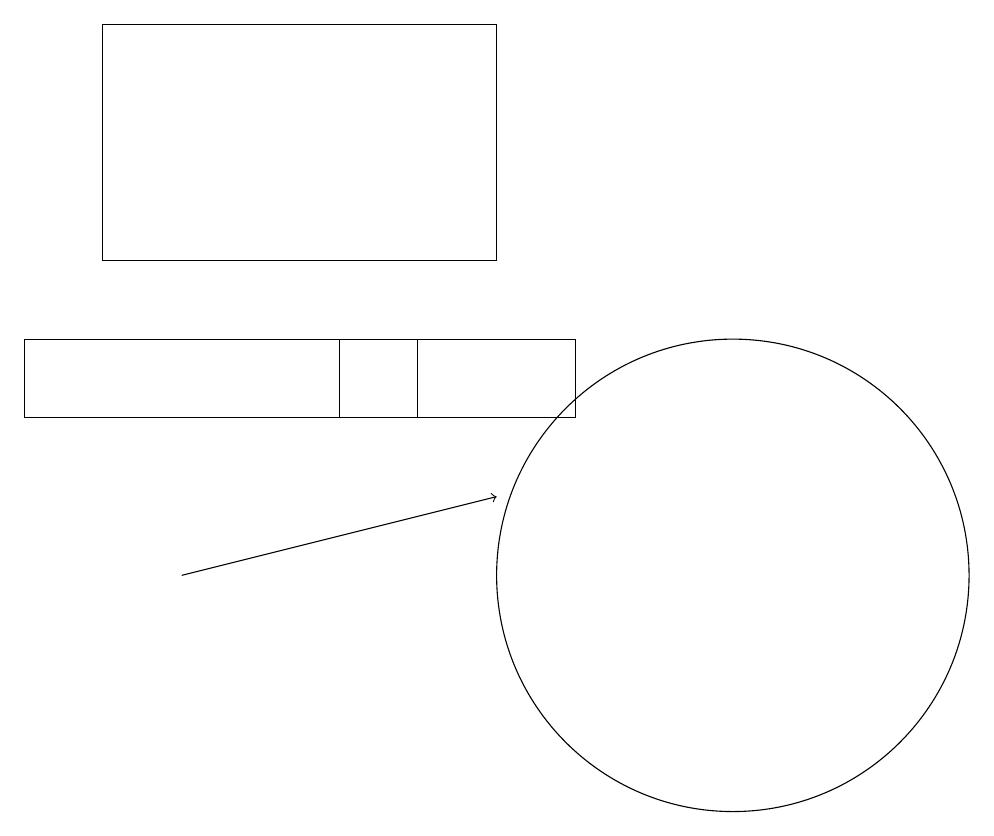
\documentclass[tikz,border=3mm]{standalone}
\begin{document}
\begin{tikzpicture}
\draw (6,13) rectangle (7,14);
\draw (3,15) rectangle (8,18);
\draw[->] (4,11) -- (8,12);
\draw (2,14) rectangle (9,13);
\draw (11,11) circle (3);
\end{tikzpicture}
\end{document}